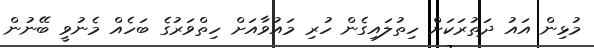
މުޅިން އައު ދަތުރަކަށް ހިތުލައިގެން ހުރި މައުވާއަށް ހިތްވަރުގެ ބަހެއް މެނުވީ ބޭނުން